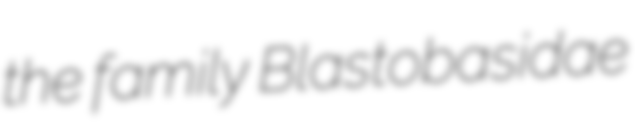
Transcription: the family Blastobasidae